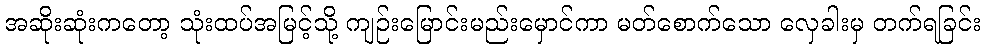
အဆိုးဆုံးကတော့ သုံးထပ်အမြင့်သို့ ကျဉ်းမြောင်းမည်းမှောင်ကာ မတ်စောက်သော လှေခါးမှ တက်ရခြင်း